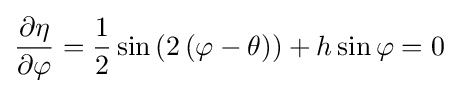
{\frac {\partial \eta }{\partial \varphi }}={\frac {1}{2}}\sin \left(2\left(\varphi -\theta \right)\right)+h\sin \varphi =0